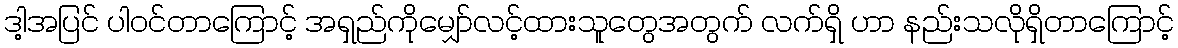
ဒါ့အပြင် ပါဝင်တာကြောင့် အရှည်ကိုမျှော်လင့်ထားသူတွေအတွက် လက်ရှိ ဟာ နည်းသလိုရှိတာကြောင့်